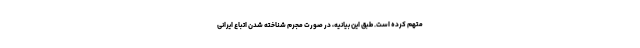
متهم کرده است. طبق این بیانیه، در صورت مجرم شناخته شدن اتباع ایرانی